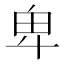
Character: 卑